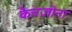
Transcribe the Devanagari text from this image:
कैनज़ोना